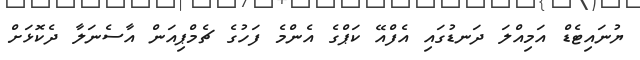
ޔުނައިޓެޑް އަމިއްލަ ދަނޑުގައި އެފްއޭ ކަޕްގެ އެންމެ ފަހުގެ ޗެމްޕިއަން އާސެނަލާ ދެކޮޅަށް